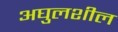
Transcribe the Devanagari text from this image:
अघुलशील